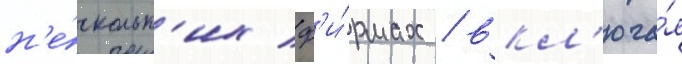
н'е́скольк'их ф'и́рмах / вкл'юча́я